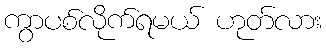
ကွာပစ်လိုက်ရမယ် ဟုတ်လား